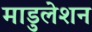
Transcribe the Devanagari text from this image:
माडुलेशन